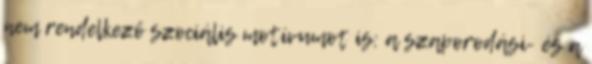
nem rendelkező szociális motívumot is: a szaporodási- és a